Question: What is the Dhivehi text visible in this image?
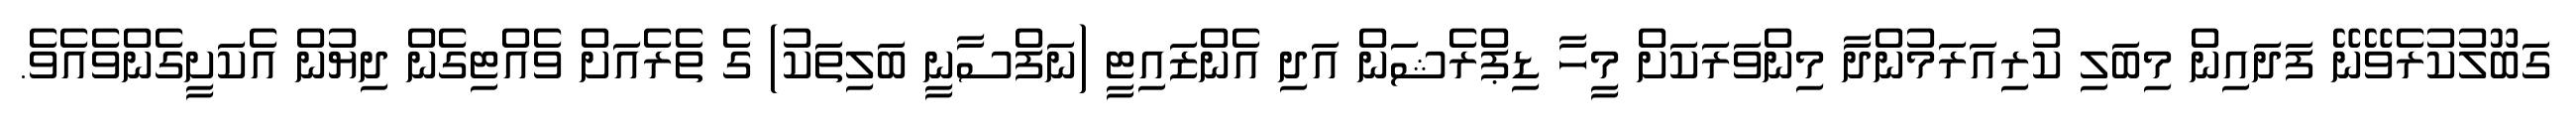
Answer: ގަބޫލުކުރެވޭނޭ ފަދައިން މިބަލި ކުރިއަރަމުންދާ މިންވަރަކަށް މީހާ ޑިޕްރެޝަން އަދި އެންޒައިޓީ (ނަފްސާނީ ބަލިތަކު) ގެ ތެރެއަށް ވެއްޓިގެން ދިޔުން އެކަށީގެންވެއެވެ.